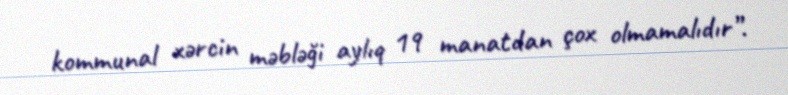
kommunal xərcin məbləği aylıq 19 manatdan çox olmamalıdır”.